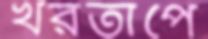
খরতাপে